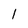
Character: 1